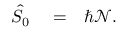
\begin{array} { r l r } { \hat { S } _ { 0 } } & { { } = } & { \hbar { \mathcal N } . } \end{array}